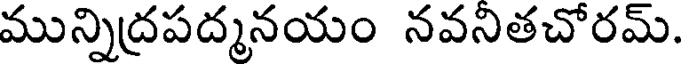
మున్నిద్రపద్మనయం నవనితచోరమ్.